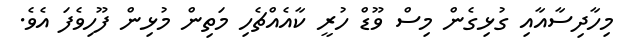
މިހާދިސާއާއި ގުޅިގެން މިސް ވޫޑް ހުރީ ކާއެއްޗެހި މަތިން މުޅިން ފޫހިވެފަ އެވެ.